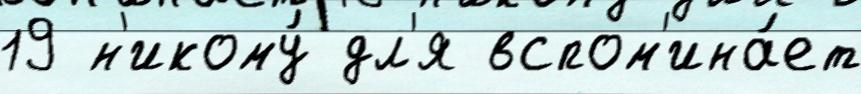
19 н'икому́ дл'я вспом'ина́ет